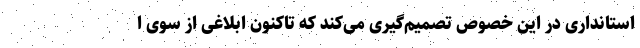
استانداری در این خصوص تصمیم‌گیری می‌کند که تاکنون ابلاغی از سوی ا